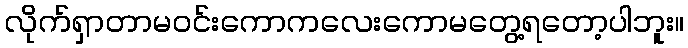
လိုက်ရှာတာမဝင်းကောကလေးကောမတွေ့ရတော့ပါဘူး။